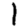
Digit: 1